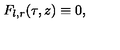
F _ { l , r } ( \tau , z ) \equiv 0 ,